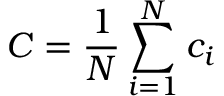
C = \frac { 1 } { N } \sum _ { i = 1 } ^ { N } c _ { i }